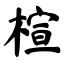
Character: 楦